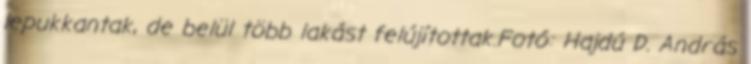
lepukkantak, de belül több lakást felújítottak.Fotó: Hajdú D. András